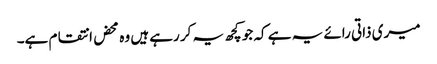
میری ذاتی رائے یہ ہے کہ جو کچھ یہ کر رہے ہیں وہ محض انتقام ہے۔